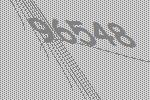
96548